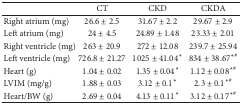
|  | CT | CKD | CKDA |
 | --- | --- | --- | --- |
 | Right atrium (mg) | 26.6 ± 2.5 | 31.67 ± 2.2 | 29.67 ± 2.9 |
 | Left atrium (mg) | 24 ± 4.5 | 24.89 ± 1.48 | 23.33 ± 2.01 |
 | Right ventricle (mg) | 263 ± 20.9 | 272 ± 12.08 | 239.7 ± 25.94 |
 | Left ventricle (mg) | 726.8 ± 21.27 | 1025 ± 41.04∗ | 834 ± 38.67∗# |
 | Heart (g) | 1.04 ± 0.02 | 1.35 ± 0.04∗ | 1.12 ± 0.08∗# |
 | LVIM (mg/g) | 1.88 ± 0.03 | 3.12 ± 0.1∗ | 2.3 ± 0.1∗# |
 | Heart/BW (g) | 2.69 ± 0.04 | 4.13 ± 0.11∗ | 3.12 ± 0.17∗# |